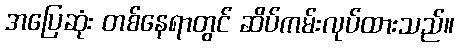
အပြေဆုံး တစ်နေရာတွင် ဆိပ်ကမ်းလုပ်ထားသည်။